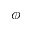
\phi